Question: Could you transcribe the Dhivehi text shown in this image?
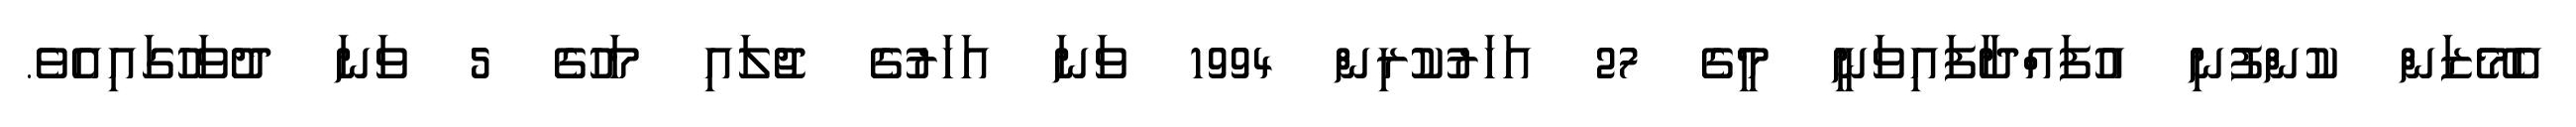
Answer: އެމޭޒަން ކުންފުނި އުފައްދާފައިވަނީ މީގެ 27 އަހަރުކުރިން 1994 ވަނަ އަހަރުގެ ޖުލައި މަހުގެ 5 ވަނަ ދުވަހުގައިއެވެ.